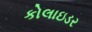
કોલાઇડર